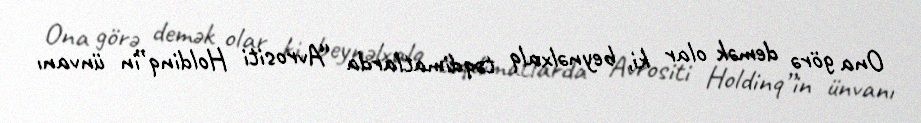
Ona görə demək olar ki, beynəlxalq təqdimatlarda “Avrositi Holdinq”in ünvanı